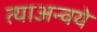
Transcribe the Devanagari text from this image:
त्याअन्वये